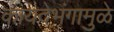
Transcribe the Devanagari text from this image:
कायदेभंगामुळे